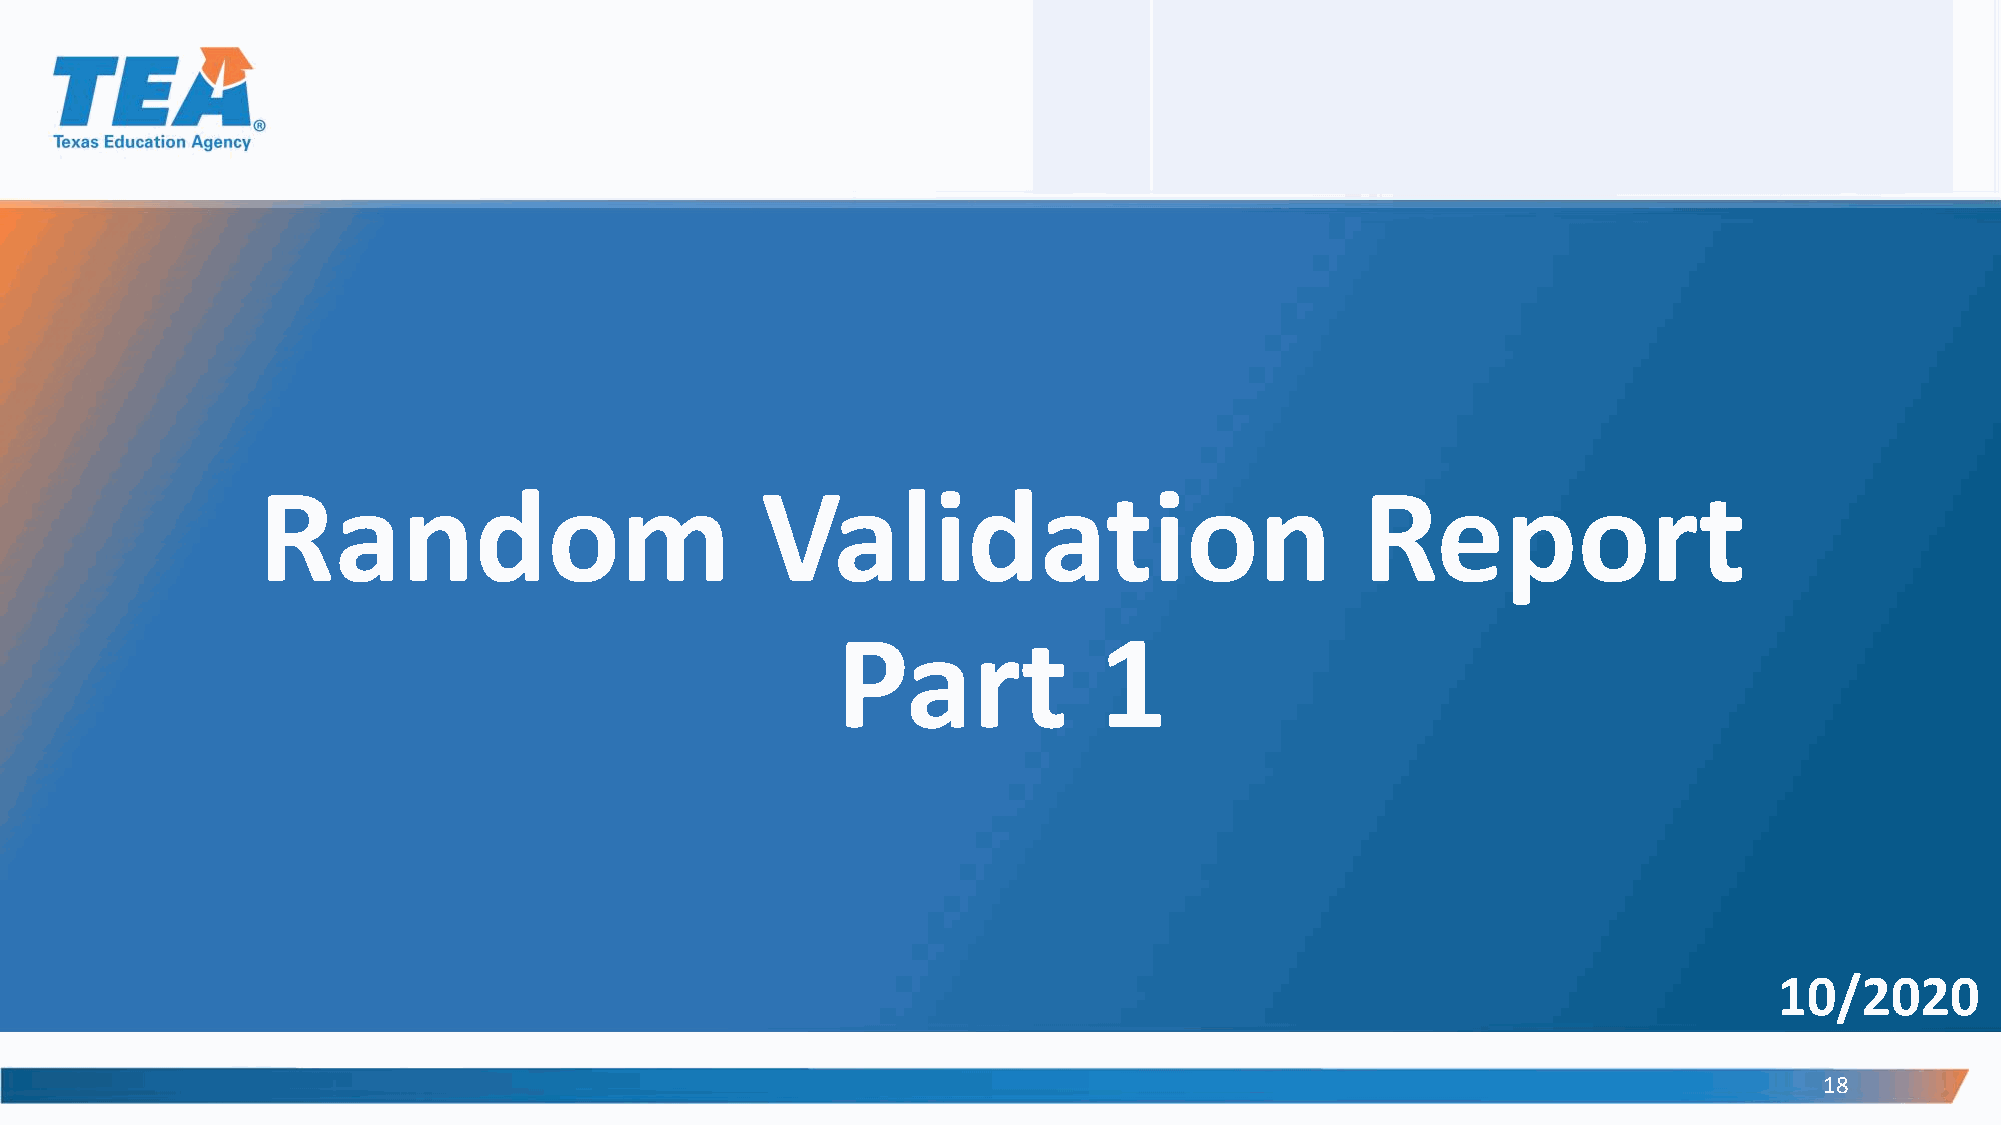
Random                           Validation                              Report
 Part              1
 10/2020
 18